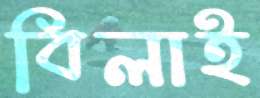
বিলাই